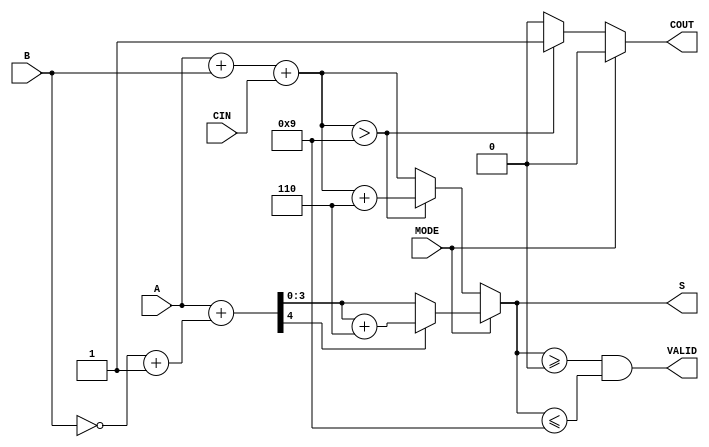
module BCD_Add_Subtracter (
    input  wire [3:0] A,         // First BCD digit
    input  wire [3:0] B,         // Second BCD digit
    input  wire MODE,            // 0 for addition, 1 for subtraction
    input  wire CIN,             // Carry-in for addition
    output reg  [3:0] S,         // Resulting BCD digit
    output reg  COUT,            // Carry-out for addition
    output reg  VALID            // Indicates if the output is a valid BCD digit
);

    wire [4:0] sum;              // For addition result (5 bits to account for carry)
    wire [4:0] sub;              // For subtraction result (5 bits to account for carry)
    wire [3:0] B_complement;     // 2's complement of B
    wire is_sum_invalid;         // Flag for invalid sum
    wire is_sub_negative;        // Flag for negative result in subtraction

    // 2's complement of B for subtraction
    assign B_complement = ~B + 1;

    // Perform addition
    assign sum = A + B + CIN;

    // Perform subtraction
    assign sub = A + B_complement;

    // Check if the sum exceeds BCD limit (greater than 9)
    assign is_sum_invalid = sum[3:0] > 4'b1001;

    // Check if the subtraction result is negative
    assign is_sub_negative = sub[4]; // Check the MSB for negative

    always @(*) begin
        // Default outputs
        S = 4'b0000;
        COUT = 1'b0;
        VALID = 1'b0;

        if (MODE == 1'b0) begin
            // Addition Mode
            if (is_sum_invalid) begin
                S = sum[3:0] + 4'b0110; // Add 6 to correct BCD
                COUT = 1'b1;            // Set carry-out
            end else begin
                S = sum[3:0];           // Valid BCD result
            end
        end else begin
            // Subtraction Mode
            if (is_sub_negative) begin
                S = sub[3:0] + 4'b0110; // Add 6 to correct BCD
                COUT = 1'b0;            // No carry-out for subtraction
            end else begin
                S = sub[3:0];           // Valid BCD result
            end
        end

        // Check for valid BCD output
        VALID = (S >= 4'b0000 && S <= 4'b1001);
    end

endmodule